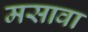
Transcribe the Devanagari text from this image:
मसावा